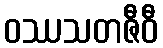
ဝဿသတဇီဝီ